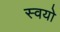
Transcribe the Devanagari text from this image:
स्वयो